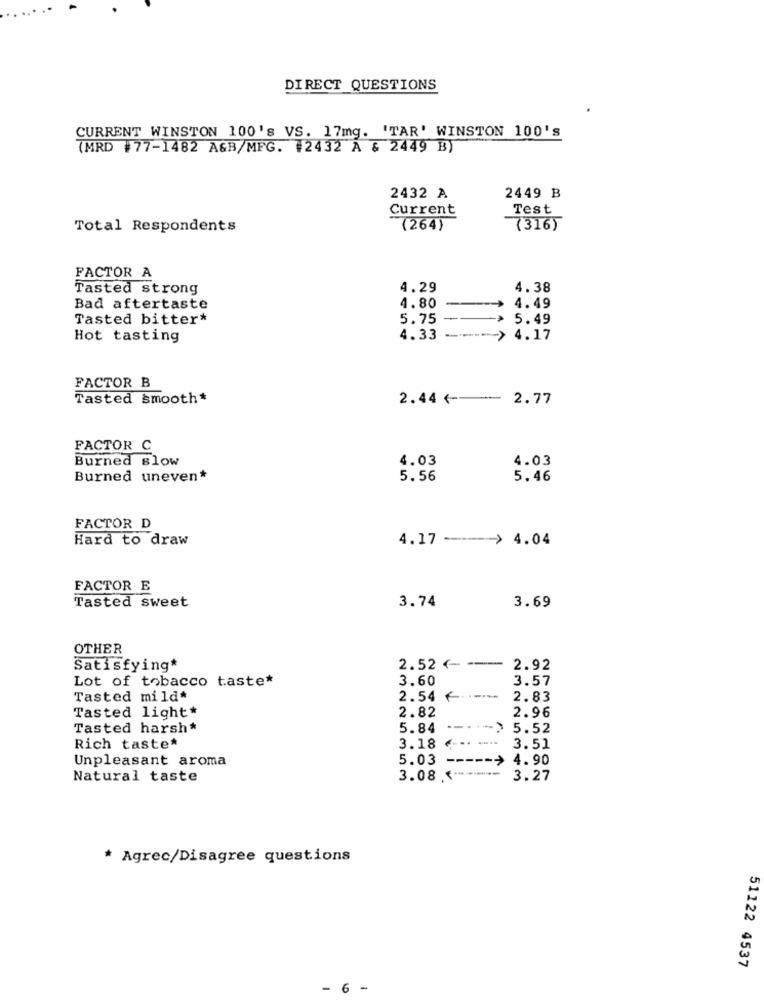
DIRECT QUESTIONS
CURRENT WINSTON 100's VS. 17mg. 'TAR' WINSTON 100's
7MRD #77-1482 AGB/MFG. #2432 A & 2449 B)
2449 B
2432 A
Current
Test
Total Respondents
(264)
(316)
FACTOR A
Tasted strong
4.29
4.38
Bad aftertaste
4.80
4.49
Tasted bitter*
5.75
5.49
Hot tasting
4.33
.--- > 4.17
FACTOR B
Tasted smooth*
2.44 <--- 2.77
FACTOR C
Burned slow
4.03
4.03
Burned uneven*
5.56
5.46
FACTOR D
Hard to draw
4.17 ----- > 4.04
FACTOR E
Tasted sweet
3.74
3.69
OTHER
Satisfying*
2.52 <- --- 2.92
Lot of tobacco taste*
3.60
3.57
Tasted mild*
2.54 f
2.83
2.82
2.96
Tasted light*
Tasted harsh*
5.84
-- > 5.52
Rich taste*
3.18
3.51
Unpleasant aroma
5.03
> 4.90
Natural taste
3.08 .--
3.27
* Agrec/Disagree questions
51122 4537
6 -